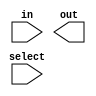
module Generate_Decoder (in,select,out);
input in;
input [0:1]select;
output [0:3]out;
reg  [0:3]out;
assign out[select] = in;
endmodule